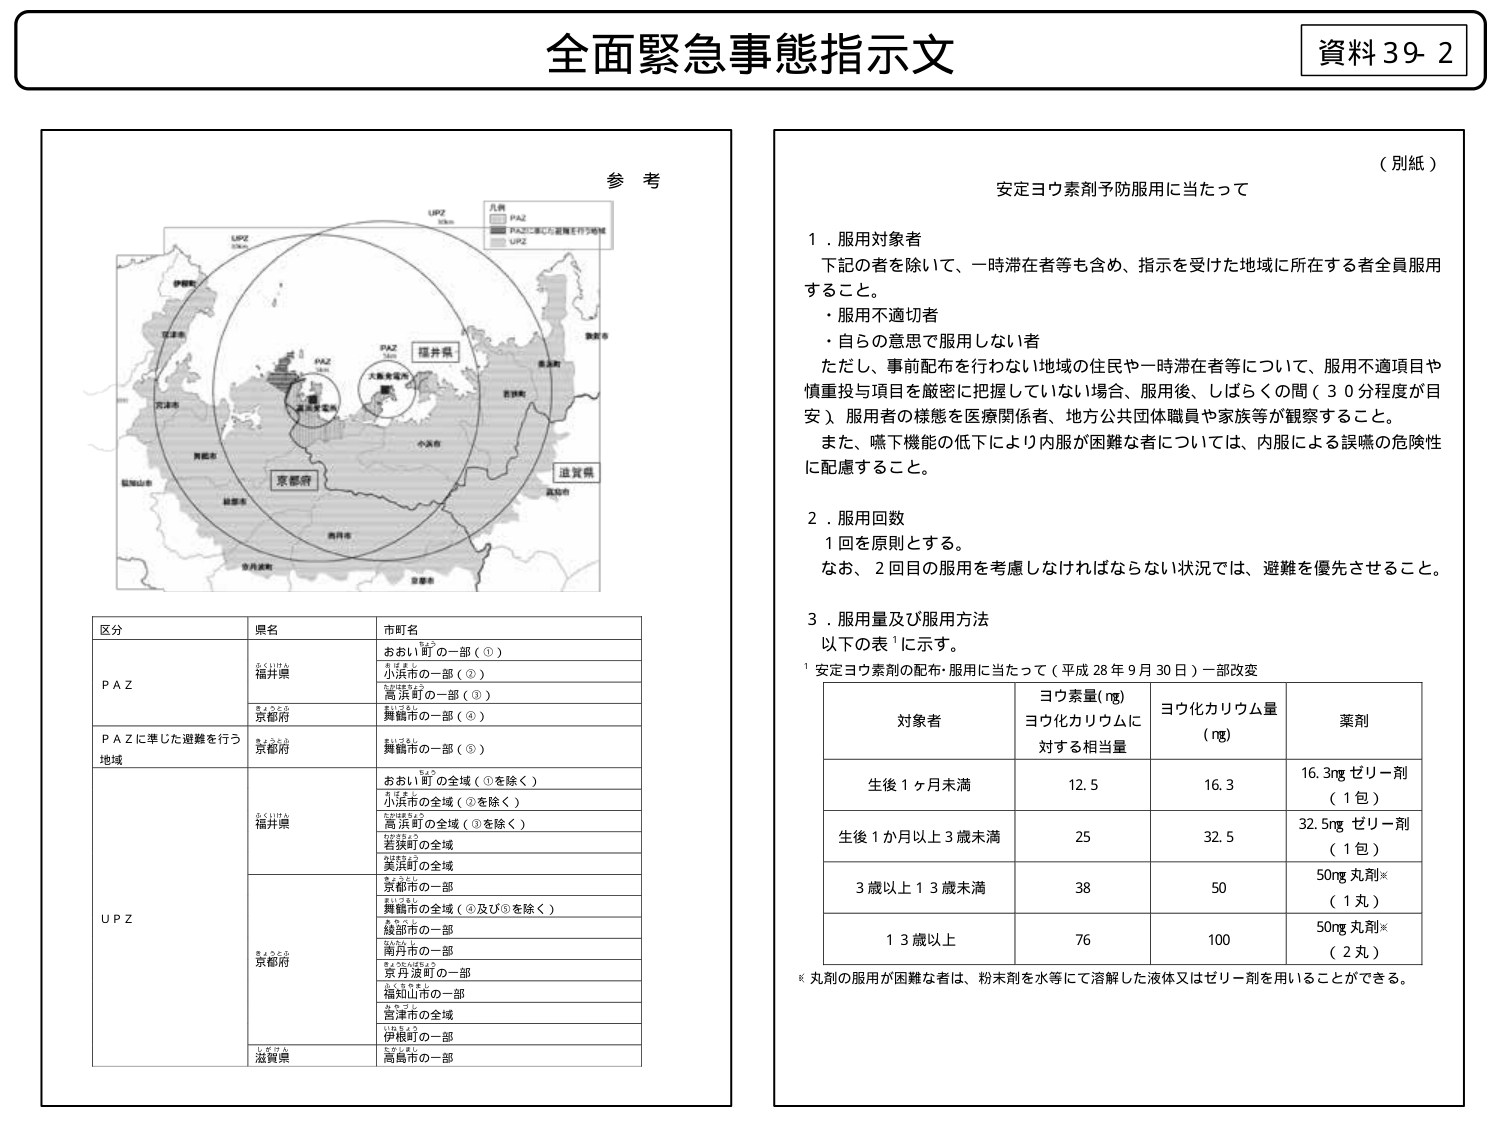
全面緊急事態指示文

資料39-2

（別紙）

安定ヨウ素剤予防服用に当たって

1．服用対象者
下記の者を除いて、一時滞在者等も含め、指示を受けた地域に所在する者全員服用すること。
・服用不適切者
・自らの意思で服用しない者
ただし、事前配布を行わない地域の住民や一時滞在者等について、服用不適項目や慎重投与項目を厳密に把握していない場合、服用後、しばらくの間（30分程度が目安）服用者の様態を医療関係者、地方公共団体職員や家族等が観察すること。
また、嚥下機能の低下により内服が困難な者については、内服による誤嚥の危険性に配慮すること。

2．服用回数
1回を原則とする。
なお、2回目の服用を考慮しなければならない状況では、避難を優先させること。

3．服用量及び服用方法
以下の表¹に示す。
¹ 安定ヨウ素剤の配布・服用に当たって（平成28年9月30日）一部改変

| 対象者 | ヨウ素量（ng） ヨウ化カリウムに対する相当量 | ヨウ化カリウム量（ng） | 薬剤 |
|---|---|---|---|
| 生後1ヶ月未満 | 12.5 | 16.3 | 16.3mg ゼリー剤（1包） |
| 生後1か月以上3歳未満 | 25 | 32.5 | 32.5mg ゼリー剤（1包） |
| 3歳以上13歳未満 | 38 | 50 | 50ng 丸剤*（1丸） |
| 13歳以上 | 76 | 100 | 50ng 丸剤*（2丸） |

* 丸剤の服用が困難な者は、粉末剤を水等にて溶解した液体又はゼリー剤を用いることができる。

参考

UPZ
50km
LPZ
30km

凡例
■ PAZ
■ PAZに準じた避難を行う地域
■ UPZ

福井県
大飯原発
京都府
滋賀県

区 分 | 県名 | 市町名
---|---|---
PAZ | 福井県 | おおい町の一部（①）<br>小浜市の一部（②）<br>高浜町の一部（③）
| 京都府 | 舞鶴市の一部（④）
PAZに準じた避難を行う地域 | 京都府 | 舞鶴市の一部（⑤）
UPZ | 福井県 | おおい町の全域（①を除く）<br>小浜市の全域（②を除く）<br>高浜町の全域（③を除く）<br>若狭町の全域<br>美浜町の全域
| 京都府 | 京都市の一部<br>舞鶴市の全域（④及び⑤を除く）<br>綾部市の一部<br>南丹市の一部<br>京丹波町の一部<br>福知山市の一部<br>宮津市の全域<br>伊根町の一部
| 滋賀県 | 高島市の一部